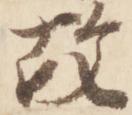
故